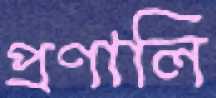
প্রণালি